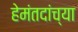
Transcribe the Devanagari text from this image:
हेमंतदांच्या